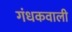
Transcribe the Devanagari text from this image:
गंधकवाली